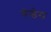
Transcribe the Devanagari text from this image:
मेन्डेस